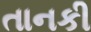
તાનકી